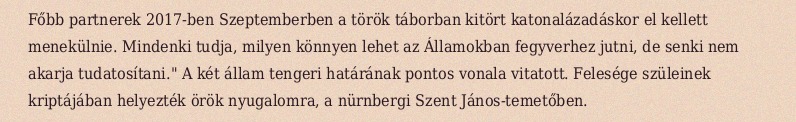
Főbb partnerek 2017-ben Szeptemberben a török táborban kitört katonalázadáskor el kellett menekülnie. Mindenki tudja, milyen könnyen lehet az Államokban fegyverhez jutni, de senki nem akarja tudatosítani." A két állam tengeri határának pontos vonala vitatott. Felesége szüleinek kriptájában helyezték örök nyugalomra, a nürnbergi Szent János-temetőben.